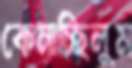
কেনাচ্ছিলুম